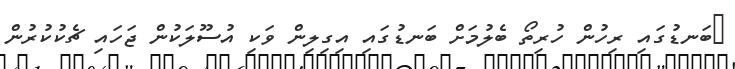
ބަނޑުގައި ރިހުން ހުރިތޯ ބެލުމަށް ބަނޑުގައި އިގިލިން ވަކި އުސޫލަކުން ޖަހައި ޗެކުކުރުން